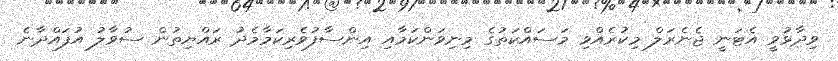
ވިދާޅުވީ އެޓަނީ ޖެނެރަލް މިކުރެއްވި މަސައްކަތުގެ މިނިވަންކަމާއި އިންސާފުވެރިކަމާމެދު ރައްޔިތުން ސުވާލު އުފައްދާނެ